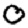
Digit: 0